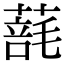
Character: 𦺑